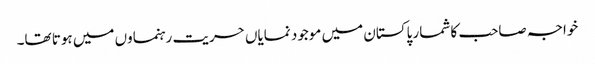
خواجہ صاحب کا شمار پاکستان میں موجود نمایاں حریت رہنماوں میں ہوتا تھا۔